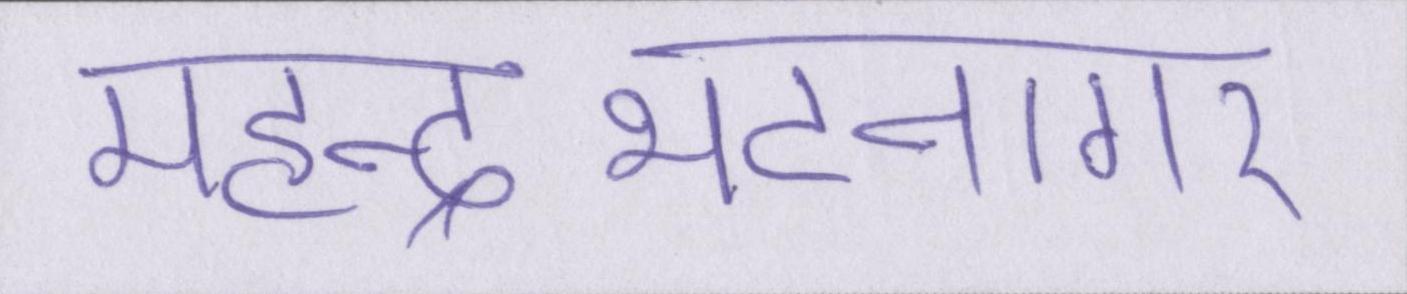
महेन्द्रभटनागर